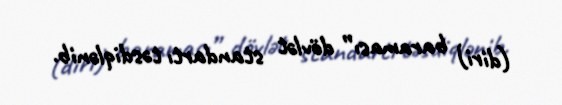
(diri) baraması” dövlət standartı təsdiqlənib.